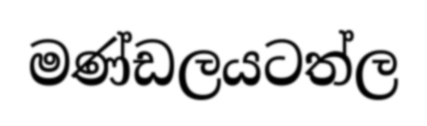
මණ්ඩලයටත්ල